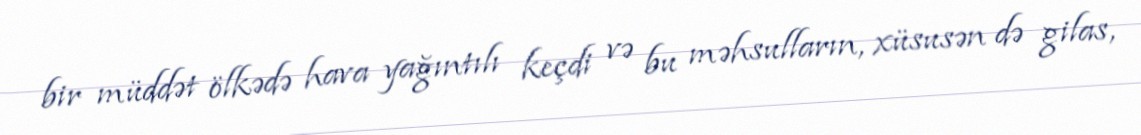
bir müddət ölkədə hava yağıntılı keçdi və bu məhsulların, xüsusən də gilas,